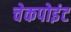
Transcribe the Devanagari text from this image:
चेकपोइंट